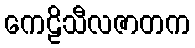
ကေဠိသီလဇာတက